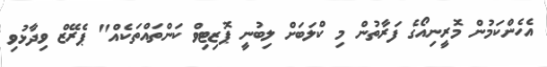
އެހެންކަމުން މޮރީނިއޯގެ ފަރާތުން މި ކްލަބަށް ލިބުނީ ޕޮޒިޓިވް ކަންތައްތަކެއް" ޕެރޭޒް ވިދާޅުވި